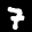
Label: 7